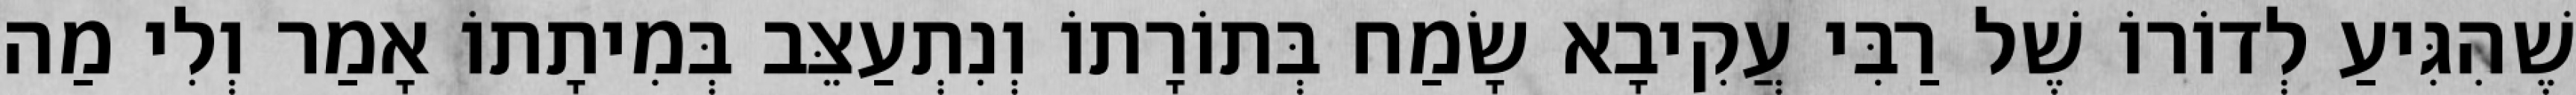
שֶׁהִגִּיעַ לְדוֹרוֹ שֶׁל רַבִּי עֲקִיבָא שָׂמַח בְּתוֹרָתוֹ וְנִתְעַצֵּב בְּמִיתָתוֹ אָמַר וְלִי מַה